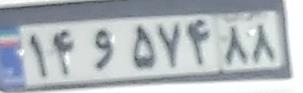
۱۴و۵۷۴۸۸